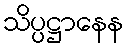
သိပ္ပဋ္ဌာနေန